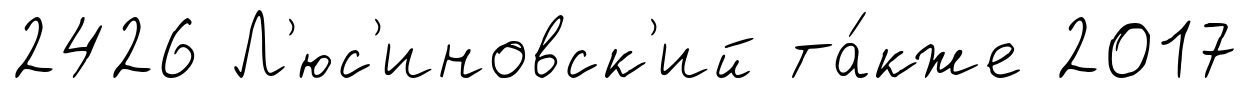
2426 Л'юс'иновск'ий та́кже 2017